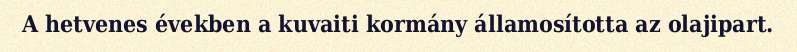
A hetvenes években a kuvaiti kormány államosította az olajipart.